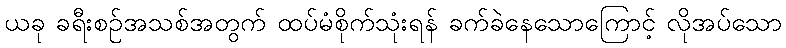
ယခု ခရီးစဉ်အသစ်အတွက် ထပ်မံစိုက်သုံးရန် ခက်ခဲနေသောကြောင့် လိုအပ်သော